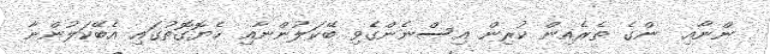
ންނާއި  ންގެ ތެރެއިން ކުރިން އިސްނެންގެވި ބޭކަލުންނާއި ހެޔޮގޮތުގައި އެބޭކަލުންނާ